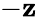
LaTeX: -\mathbf{z}